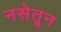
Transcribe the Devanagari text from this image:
नसेतून